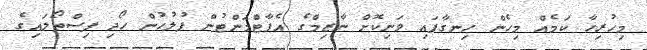
މިހުރިހާ ކަމެއް މިހެން ހިނގާފައި ވަނިކޮށް ނާޒިމްގެ އެޕާޓްމަންޓުން ފުލުހުން ހޯދި ފިސްތޯލައިގެ